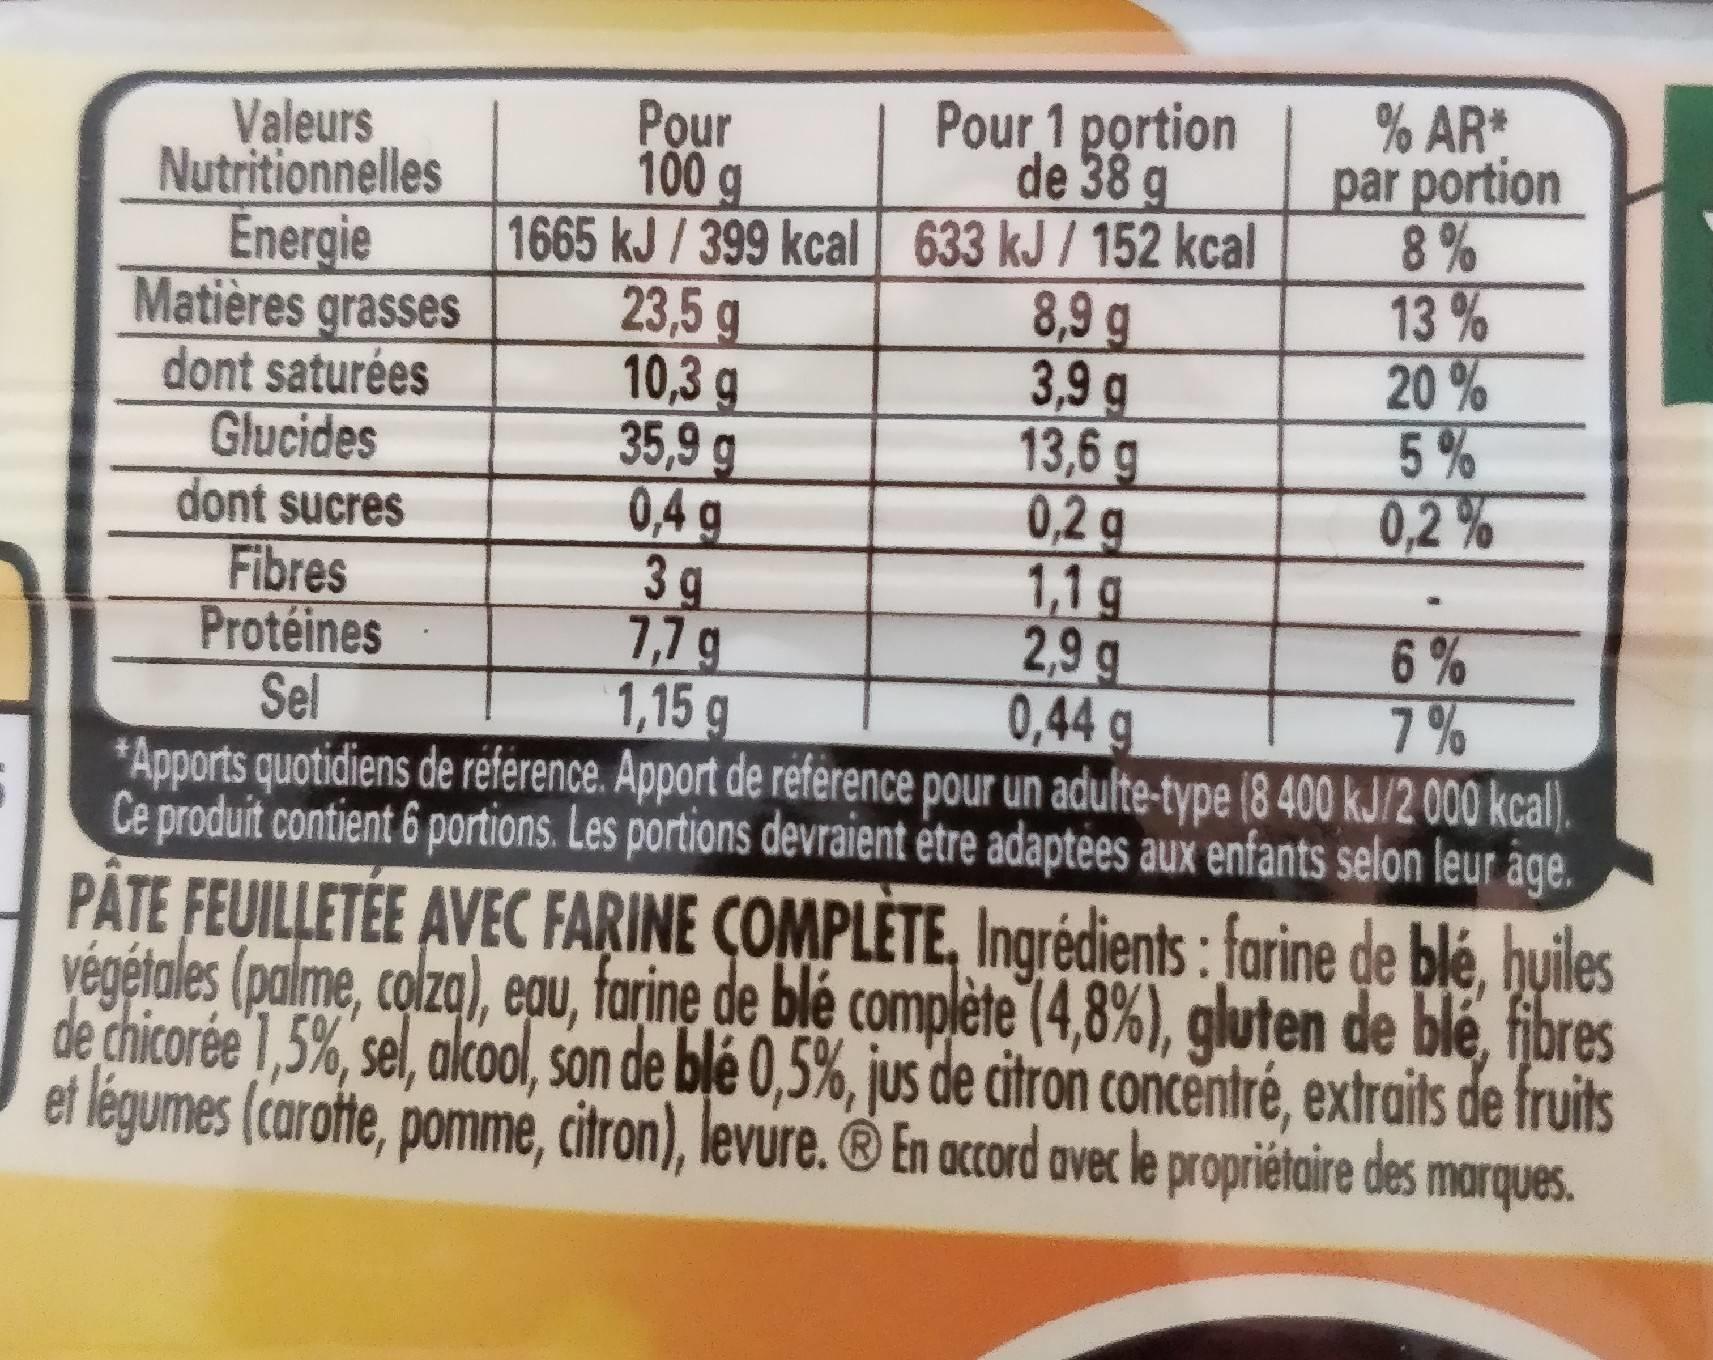
Valeurs Nutritionnelles Energie
Matières grasses dont saturées Glucides
Pour 1 portion de 38 g
1665 kJ/399 kcal 633 kJ/ 152 kcal
dont sucres
Fibres Protéines
Sel
Pour
100 g
23,5 g
10,3 g
35,9 g
0,4 g
3g
6%
7,7 g
1,15 g
0,44 g
7%
*Apports quotidiens de reference. Apport de reference pour un adulte-type (8 400 kJ/2 000 kcal). Ce produit contient 6 portions. Les portions devraient être adaptées aux enfants selon leur age. PÂTE FEUILLETÉE AVEC FARINE COMPLÈTE, Ingrédients: farine de blé, huiles végétales (palme, colza), eau, farine de blé complète (4,8%), gluten de ble, fibres de chicorée 1,5%, sel, alcool, son de blé 0,5%, jus de citron concentré, extraits de fruits et légumes (carotte, pomme, citron), levure. En accord avec le propriétaire des marques.
% AR* par portion
8,9 g
3,9 g
13,6 g
0,2 g
1,1 g
2,9 g
8%
13%
20%
5%
0,2%